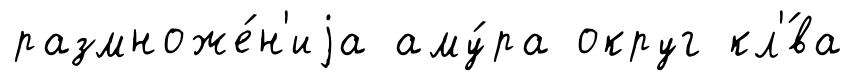
размноже́н'иjа аму́ра округ кл'́ва